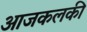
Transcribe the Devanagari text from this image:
आजकलकी